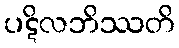
ပဋိလဘိဿတိ